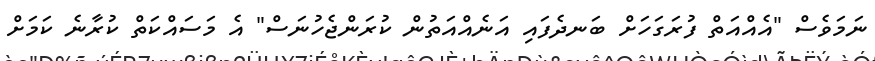
ނަމަވެސް "އެއްއަތް ފުރަގަހަށް ބަނދެފައި އަނެއްއަތުން ކުރަންޖެހުނަސް" އެ މަސައްކަތް ކުރާނެ ކަމަށް